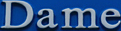
Dame